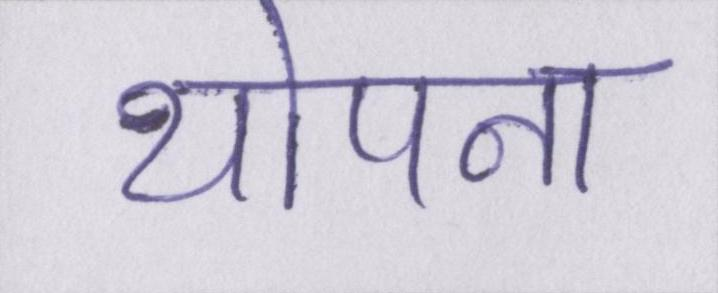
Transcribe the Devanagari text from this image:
थोपना